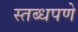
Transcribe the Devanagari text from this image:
स्तब्धपणे